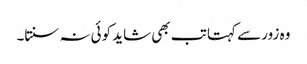
وہ زور سے کہتا تب بھی شاید کوئی نہ سنتا۔